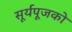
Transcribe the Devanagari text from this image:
सूर्यपूजको